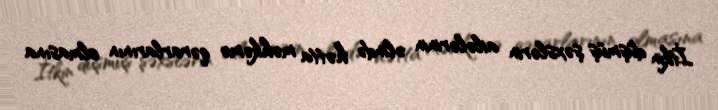
İtkin düşmüş şəxslərin ailələrinin əlində hətta məhkəmə qərarlarının olmasına